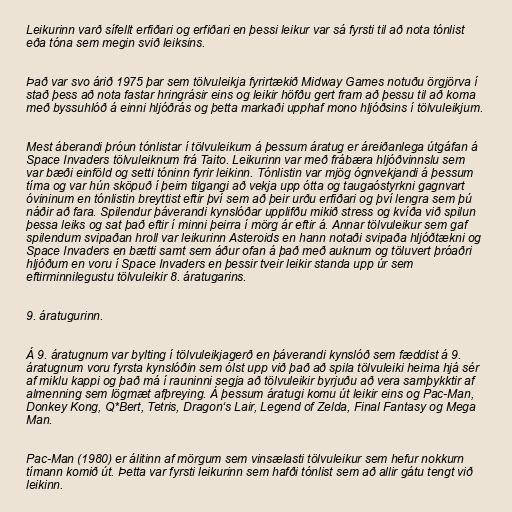
Leikurinn varð sífellt erfiðari og erfiðari en þessi leikur var sá fyrsti til að nota tónlist
eða tóna sem megin svið leiksins.

Það var svo árið 1975 þar sem tölvuleikja fyrirtækið Midway Games notuðu örgjörva í
stað þess að nota fastar hringrásir eins og leikir höfðu gert fram að þessu til að koma
með byssuhlóð á einni hljóðrás og þetta markaði upphaf mono hljóðsins í tölvuleikjum.

Mest áberandi þróun tónlistar í tölvuleikum á þessum áratug er áreiðanlega útgáfan á
Space Invaders tölvuleiknum frá Taito. Leikurinn var með frábæra hljóðvinnslu sem
var bæði einföld og setti tóninn fyrir leikinn. Tónlistin var mjög ógnvekjandi á þessum
tíma og var hún sköpuð í þeim tilgangi að vekja upp ótta og taugaóstyrkni gagnvart
óvininum en tónlistin breyttist eftir því sem að þeir urðu erfiðari og því lengra sem þú
náðir að fara. Spilendur þáverandi kynslóðar upplifðu mikið stress og kvíða við spilun
þessa leiks og sat það eftir í minni þeirra í mörg ár eftir á. Annar tölvuleikur sem gaf
spilendum svipaðan hroll var leikurinn Asteroids en hann notaði svipaða hljóðtækni og
Space Invaders en bætti samt sem áður ofan á það með auknum og töluvert þróaðri
hljóðum en voru í Space Invaders en þessir tveir leikir standa upp úr sem
eftirminnilegustu tölvuleikir 8. áratugarins.

9. áratugurinn.

Á 9. áratugnum var bylting í tölvuleikjagerð en þáverandi kynslóð sem fæddist á 9.
áratugnum voru fyrsta kynslóðin sem ólst upp við það að spila tölvuleiki heima hjá sér
af miklu kappi og það má í rauninni segja að tölvuleikir byrjuðu að vera samþykktir af
almenning sem lögmæt afþreying. Á þessum áratugi komu út leikir eins og Pac-Man,
Donkey Kong, Q*Bert, Tetris, Dragon‘s Lair, Legend of Zelda, Final Fantasy og Mega
Man.

Pac-Man (1980) er álitinn af mörgum sem vinsælasti tölvuleikur sem hefur nokkurn
tímann komið út. Þetta var fyrsti leikurinn sem hafði tónlist sem að allir gátu tengt við
leikinn.